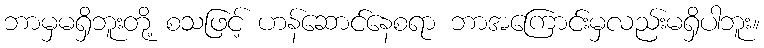
ဘာမှမရှိဘူးတို့ စသဖြင့် ဟန်ဆောင်နေစရာ ဘာအကြောင်းမှလည်းမရှိပါဘူး။